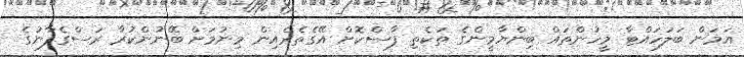
އަމަން ބަލަހައްޓާ މީހުންތައް ބިންޔާމީންގެ ތަކެތި ފާސްކޮށް އޭގެތެރެއިން މިނުމަށް ބޭނުންކުރާ ރަސްގެފާނުގެ